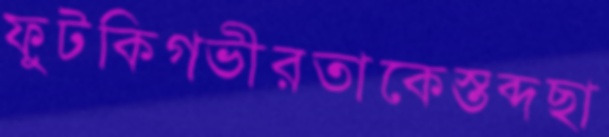
ফুটকিগভীরতাকেস্তব্দছা